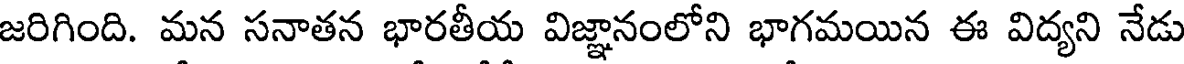
జరిగింది. మన సనాతన భారతీయ విజ్ఞానంలోని భాగమయిన ఈ విద్యని నేడు